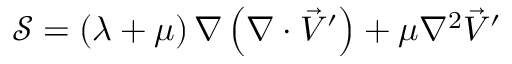
\mathcal { S } = \left( \lambda + \mu \right) \nabla \left( \nabla \cdot \vec { V } ^ { \prime } \right) + \mu \nabla ^ { 2 } \vec { V } ^ { \prime }